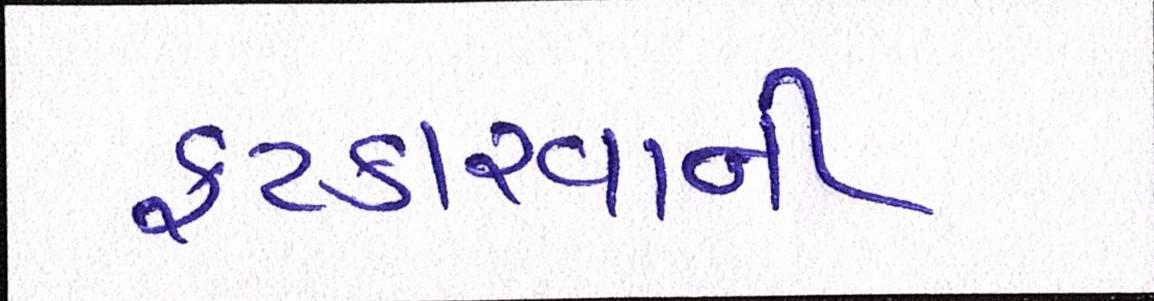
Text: ફટકારવાની